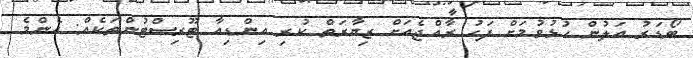
ބޯޑަރު އަލުން ހުޅުވުމަށް ފަހު ރާއްޖެއަށް ޒިޔާރަތް ކުރި އިންޑިއާ ޓޫރިސްޓުންތަކެއް: އެންމެ